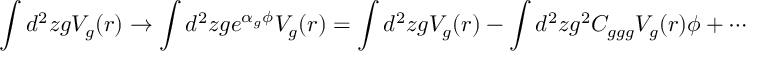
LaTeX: \int d ^ { 2 } z g V _ { g } ( r ) \to \int d ^ { 2 } z g e ^ { \alpha _ { g } \phi } V _ { g } ( r ) = \int d ^ { 2 } z g V _ { g } ( r ) - \int d ^ { 2 } z g ^ { 2 } C _ { g g g } V _ { g } ( r ) \phi + \cdots